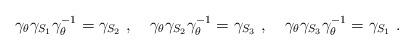
LaTeX: \begin{align*}\gamma_\theta \gamma_{S_1}\gamma_\theta^{-1}=\gamma_{S_2}~,~~~ \gamma_\theta \gamma_{S_2}\gamma_\theta^{-1}=\gamma_{S_3}~,~~~ \gamma_\theta \gamma_{S_3}\gamma_\theta^{-1}=\gamma_{S_1}~.\end{align*}